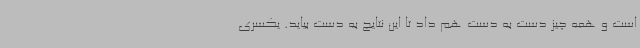
است و همه چیز دست به دست هم داد تا این نتایج به دست بیاید. یکسری